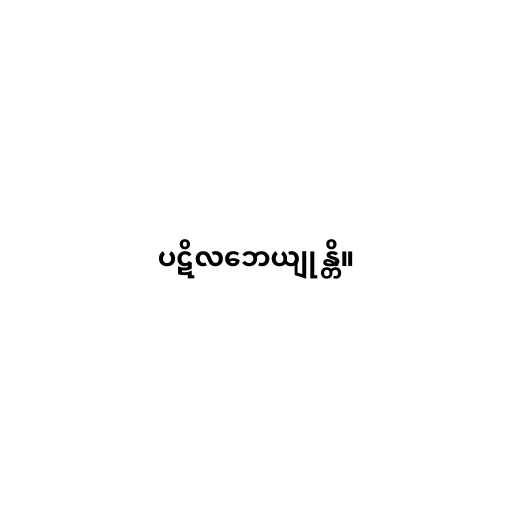
ပဋိလဘေယျုန္တိ။